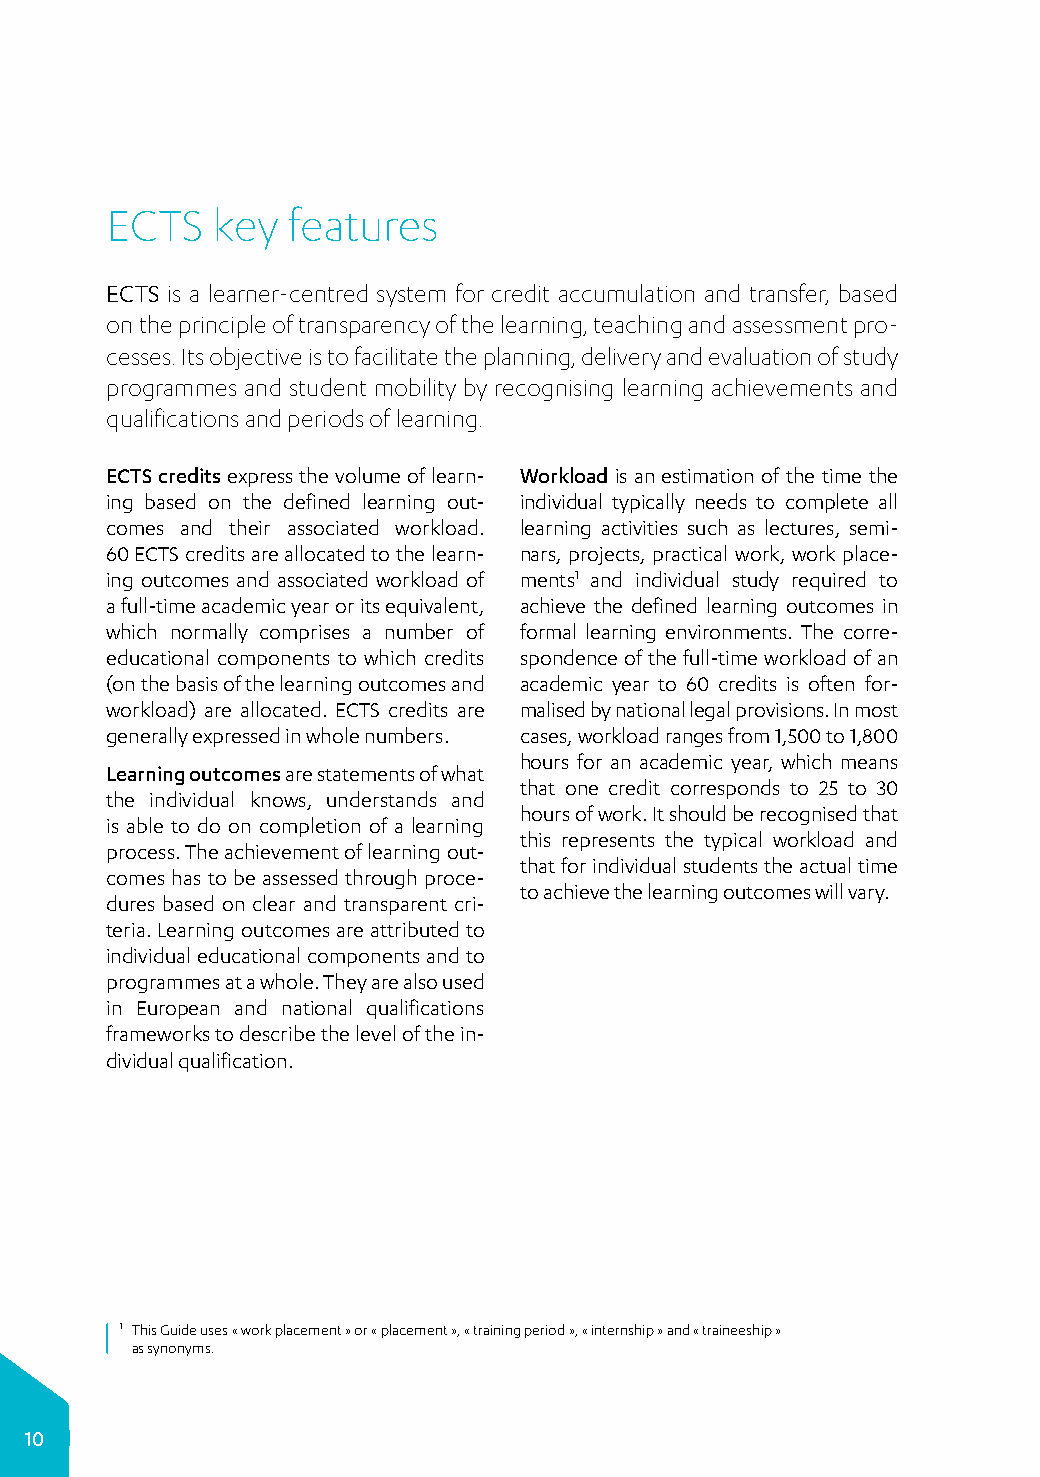
ECTS   key  features
 ECTS is a learner-centred system for credit accumulation and transfer, based
 on the principle of transparency of the learning, teaching and assessment pro­
 cesses. Its objective is to facilitate the planning, delivery and evaluation of study
 programmes and student mobility by recognising learning achievements and
 qualifications and periods of learning.
 ECTS credits express the volume of learn­ Workload is an estimation of the time the
 ing based on the defined learning out­ individual typically needs to complete all
 comes and their associated workload. learning activities such as lectures, semi­
 60 ECTS credits are allocated to the learn­ nars, projects, practical work, work place­
 ing outcomes and associated workload of ments1 and individual study required to
 a full-time academic year or its equivalent, achieve the defined learning outcomes in
 which normally comprises a number of formal learning environments. The corre­
 educational components to which credits spondence of the full-time workload of an
 (on the basis of the learning outcomes and academic year to 60 credits is often for­
 workload) are allocated. ECTS credits are malised by national legal provisions. In most
 generally expressed in whole numbers. cases, workload ranges from 1,500 to 1,800
 hours for an academic year, which means
 Learning outcomes are statements of what
 that one credit corresponds to 25 to 30
 the individual knows, understands and
 hours of work. It should be recognised that
 is able to do on completion of a learning
 this represents the typical workload and
 process. The achievement of learning out­
 that for individual students the actual time
 comes has to be assessed through proce­
 to achieve the learning outcomes will vary.
 dures based on clear and transparent cri­
 teria. Learning outcomes are attributed to
 individual educational components and to
 programmes at a whole. They are also used
 in European and national qualifications
 frameworks to describe the level of the in­
 dividual qualification.
 1 This Guide uses « work placement » or « placement », « training period », « internship » and « traineeship »
 as synonyms.
 10